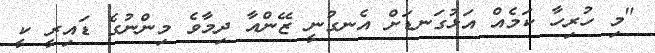
"މި ހުރިހާ ކަމެއް އަޅުގަނޑަށް އެނގުނީ ޒޭންއާ ދިމާވެ މިންނުގެ ޑައިރީ ކީ